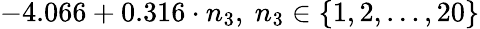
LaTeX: -4.066+0.316\cdot n_{3},\ n_{3}\in\left\{ 1,2,\ldots,20\right\}